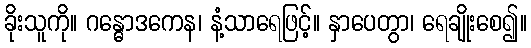
ခိုးသူကို။ ဂန္ဓောဒကေန၊ နံ့သာရေဖြင့်။ နှာပေတွာ၊ ရေချိုးစေ၍။